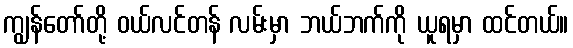
ကျွန်တော်တို့ ဝယ်လင်တန် လမ်းမှာ ဘယ်ဘက်ကို ယူရမှာ ထင်တယ်။